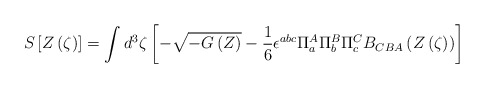
\begin{align*}S \left[Z \left( \zeta \right) \right] = \int d^3 \zeta \left[ - \sqrt{ - G\left(Z\right)} - {1 \over 6} \epsilon^{abc} \Pi^A_a \Pi^B_b \Pi^C_c B_{CBA} \left(Z\left(\zeta\right) \right) \right]\end{align*}